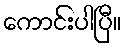
ကောင်းပါပြီ။